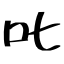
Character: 叱